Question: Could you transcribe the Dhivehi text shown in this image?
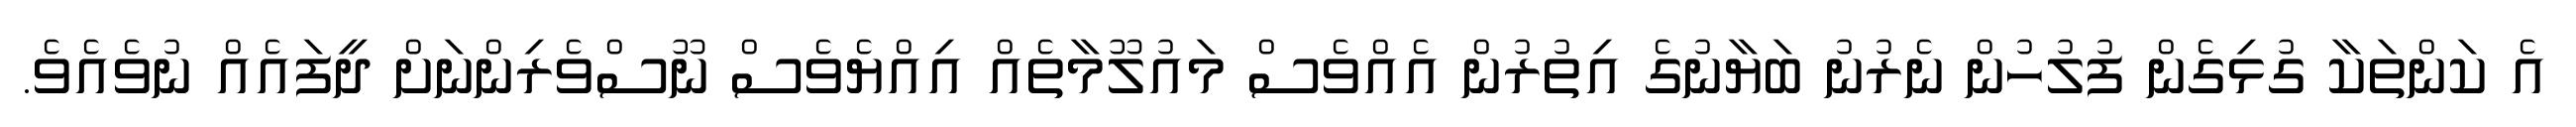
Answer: އެ ކަންތަކާ ގުޅިގެން ފުލުހުން ނެރުނު ބަޔާނުގެ އިތުރުން އެއްވެސް މައުލޫމާތެއް އިއްޔެވެސް ނޫސްވެރިންނަށް ދީފައެއް ނުވެއެވެ.